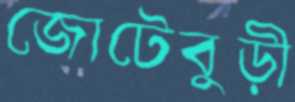
জোটেবুড়ী